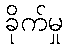
ခိုက်မှု